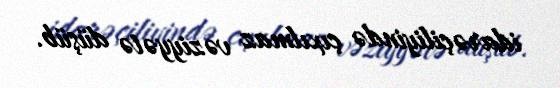
idarəçiliyində çıxılmaz vəziyyətə düşüb.